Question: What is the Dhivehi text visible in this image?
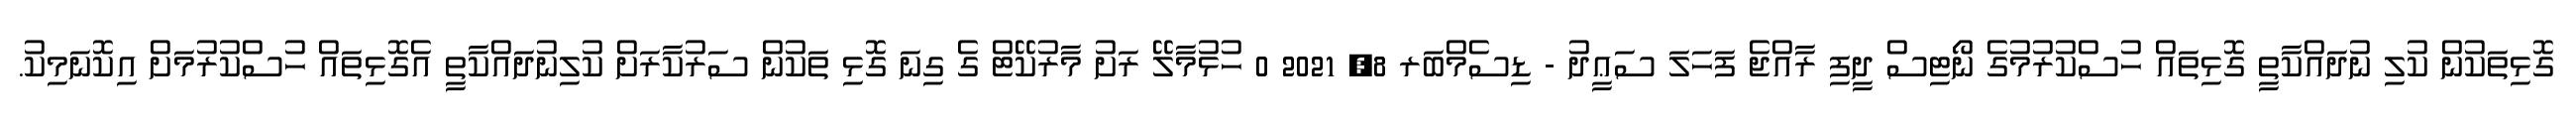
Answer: ގޮޅިތަކުން ކުލި ނުދައްކާތީ ގޮޅިތައް ހުސްކުރުމުގެ ނޯޓިސް ދީފި ރާއްޖެ ފަހަލަ ސަޢީދު - ޑިސެމްބަރ 8, 2021 0 ހުޅުމާލޭ ރަށު މާރުކޭޓް ގެ ގިނަ ގޮޅި ތަކުން ސަރުކާރަށް ކުލިނުދައްކާތީ އެގޮޅިތައް ހުސްކުރުމަށް އިކޮނަމިކު.